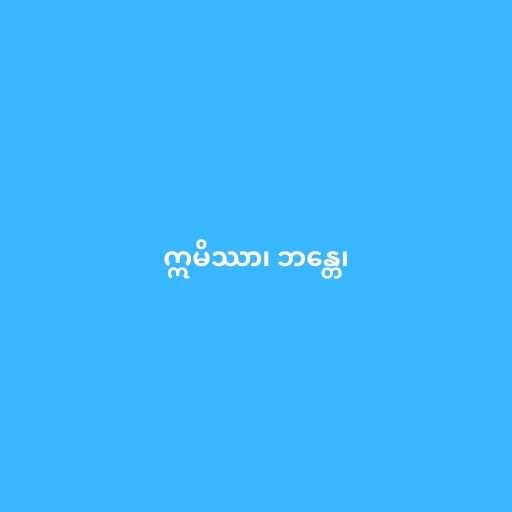
ဣမိဿာ၊ ဘန္တေ၊